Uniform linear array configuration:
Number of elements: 48
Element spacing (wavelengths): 0.75
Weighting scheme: exponential
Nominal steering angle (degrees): -30
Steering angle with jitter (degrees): -28.078
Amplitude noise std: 0.05
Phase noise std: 0.05

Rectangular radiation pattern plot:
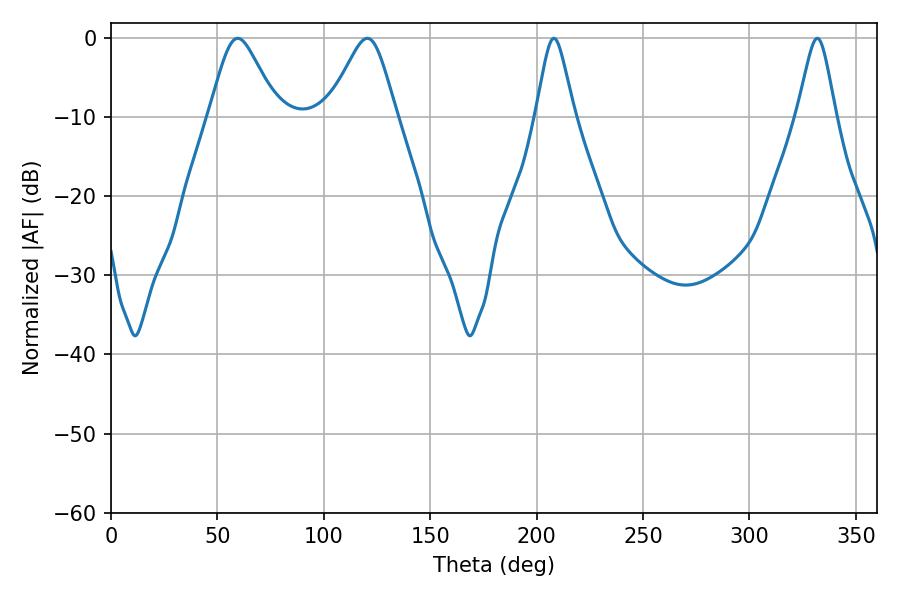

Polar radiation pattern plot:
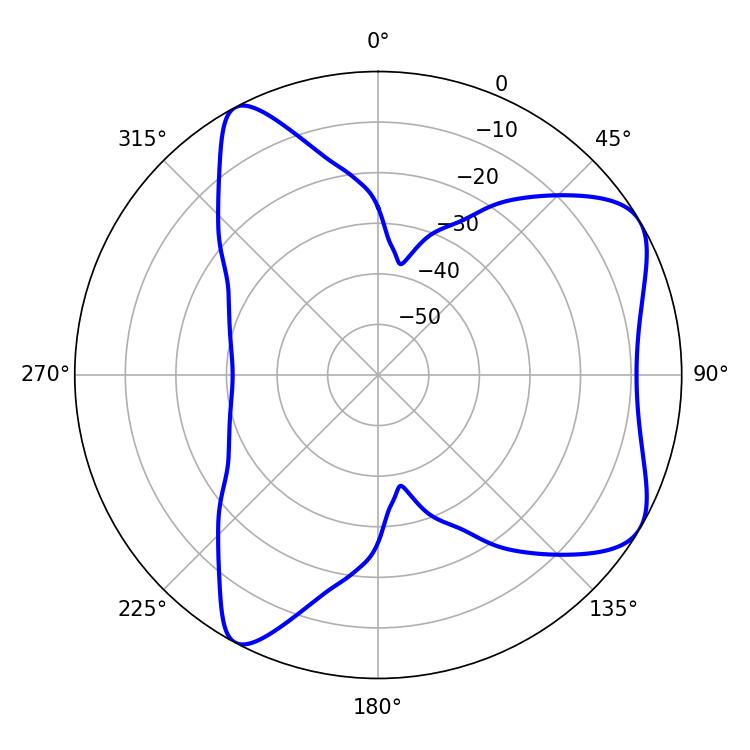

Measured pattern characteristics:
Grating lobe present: TRUE
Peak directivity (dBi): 6.751
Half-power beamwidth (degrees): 15.66
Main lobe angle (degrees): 59.58